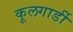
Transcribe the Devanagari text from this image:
कूलगार्डी